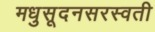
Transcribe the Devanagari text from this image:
मधुसूदनसरस्वती